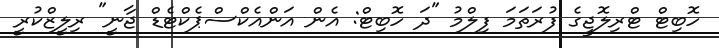
ހޮބިޓް ޓްރިލޮޖީގެ ފުރަތަމަ ފިލްމު "ދަ ހޮބިޓް: އެން އަންއެކްސްޕެކްޓެޑް ޖާނީ" ރިލީޒްކުރީ